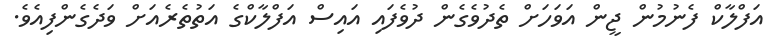
އަފްލާކް ފެނުމުން ޖީން އަވަހަށް ތެދުވެގެން ދުވެފައި އައިސް އަފްލާކްގެ އަތުތެރެއަށް ވަދެގެންފިއެވެ.